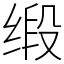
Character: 缎